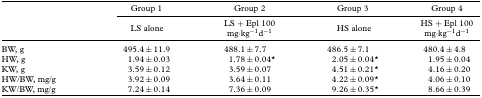
<table><thead><tr><td></td><td><b>Group 1</b></td><td><b>Group 2</b></td><td><b>Group 3</b></td><td><b>Group 4</b></td></tr><tr><td></td><td><b>LS alone</b></td><td><b>LS + Epl 100 mg·kg<sup>−1</sup>d<sup>−1</sup></b></td><td><b>HS alone</b></td><td><b>HS + Epl 100 mg·kg<sup>−1</sup>d<sup>−1</sup></b></td></tr></thead><tbody><tr><td>BW,g</td><td>495.4±11.9</td><td>488.1 ±7.7</td><td>486.5±7.1</td><td>480.4 ±4.8</td></tr><tr><td>HW,g</td><td> 1.94 ±0.03</td><td> 1.78±0.04*</td><td> 2.05 ±0.04*</td><td> 1.95±0.04</td></tr><tr><td>KW,g</td><td> 3.59±0.12</td><td> 3.59 ±0.07</td><td> 4.51 ±0.21*</td><td> 4.16±0.20</td></tr><tr><td>HW/BW, mg/g</td><td> 3.92±0.09</td><td> 3.64±0.11</td><td> 4.22 ±0.09*</td><td> 4.06±0.10</td></tr><tr><td>KW/BW, mg/g</td><td> 7.24±0.14</td><td> 7.36 ±0.09</td><td> 9.26 ±0.35*</td><td>8.66 ±0.39</td></tr></tbody></table>